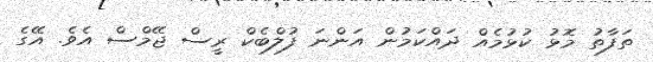
ތަފާތު މޮޅު ކުޅުމެއް ދައްކަމުން އަންނަ ފުލްބެކް ރީސް ޖޭމްސް އެވެ. އޭގެ